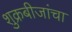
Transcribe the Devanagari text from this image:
शुक्रबीजांचा